Leaving Certificate Examination, 1921
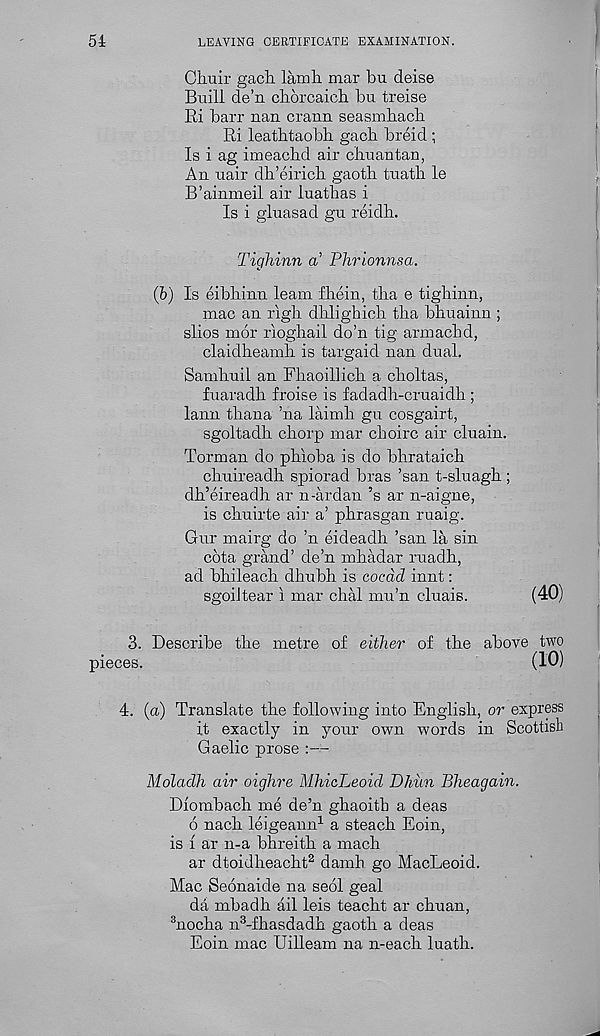
51
LEAVING CERTIFICATE EXAMINATION.
Chuir gach. lamli mar bu deise
Bxiill de’n cborcaich bu treise
Ki barr nan crann seasmbacb
Ri leathtaobh gacb breid ;
Is i ag imeachd air chuantan,
An uair dh’eiricb gaotb tuatb le
B’ainmeil air luatbas i
Is i gluasad gu reidh.
Tighinn a’ Phrionnsa.
(b) Is eibbinn learn fbein, tha e tighinn,
mac an righ dhlighioh tha bhuainn ;
slios mor rioghail do’n tig armachd,
claidheamh is targaid nan dual.
Samhuil an Fhaoillich a choltas,
fuaradh froise is fadadh-cruaidh ;
lann thana ’na laimh gu cosgairt,
sgoltadh chorp mar choirc air cluain.
Torman do phioba is do bhrataich
chuireadh spiorad bras ’san t-sluagh ;
dh’eireadh ar n-ardan’s ar n-aigne,
is chuirte air a’ phrasgan ruaig.
Gur mairg do ’n eideadh ’san la sin
cdta grand’ de’n mhadar ruadh,
ad bhileach dhubh is cocdd innt:
sgoiJtear i mar chal mu’n clnais.
(40)
3. Describe the metre of either of the above two
pieces.
(10)
4. (a) Translate the following into English, or express
it exactly in your own words in Scottish
Gaelic prose :—
Moladh air oighre MhicLeoid Dhiin Bheagain.
Diombach me de’n ghaoitb a deas
6 nach leigeann 1 a steach Eoin,
is i ar n-a bhreith a mach
ar dtoidheacht 2 damh go MacLeoid.
Mac Seonaide na seol geal
da mbadh ail leis teacht ar chuan,
3 nocha n 3 -fhasdadh gaoth a deas
Eoin mac Uilleam na n-each luath.